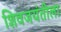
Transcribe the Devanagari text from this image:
शिवजयंतीला